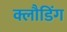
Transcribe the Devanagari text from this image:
क्लौडिंग